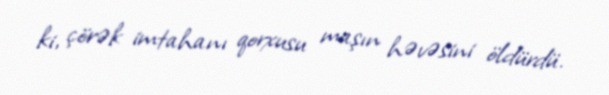
ki, çörək imtahanı qorxusu maşın həvəsini öldürdü.